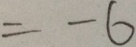
= - 6